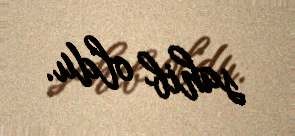
sahib oldu.